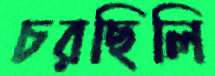
চরছিলি